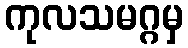
ကုလသမဂ္ဂမှ